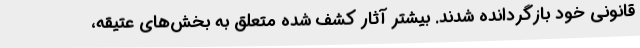
قانونی خود بازگردانده شدند. بیشتر آثار کشف شده متعلق به بخش‌های عتیقه،